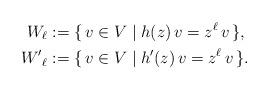
LaTeX: \begin{align*} W_\ell &:= \{\, v \in V \mid h(z) \, v = z^\ell \, v \,\} , \\{W'}_\ell &:= \{\, v \in V \mid h'(z) \, v = z^\ell \, v \,\} . \end{align*}